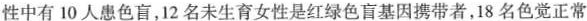
性中有10人患色盲，12名未生育女性是红绿色盲基因携带者，18名色觉正常